Standards of the constituents of the urine and blood and the bearing of the metabolism of Bengalis on the problems of nutrition - Number 34
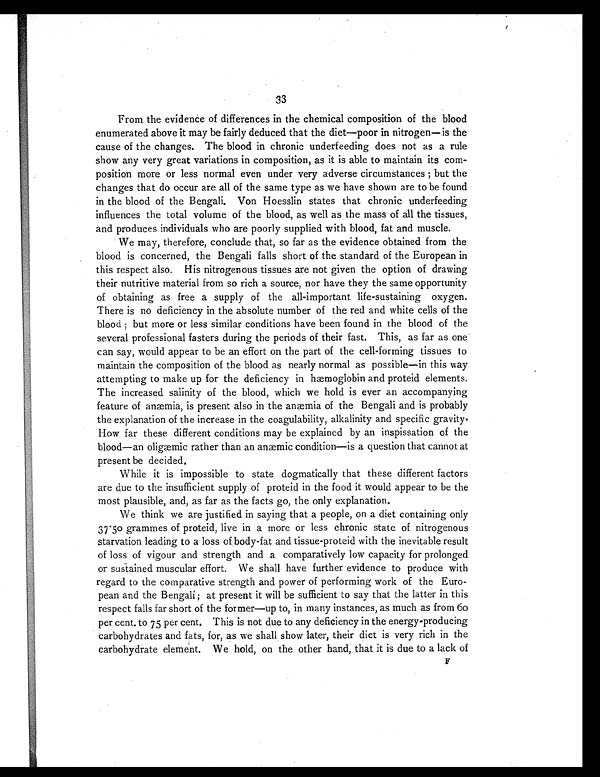
33
From the evidence of differences in the chemical composition of the blood
enumerated above it may be fairly deduced that the diet—poor in nitrogen—is the
cause of the changes. The blood in chronic underfeeding does not as a rule
show any very great variations in composition, as it is able to maintain its com-
position more or less normal even under very adverse circumstances ; but the
changes that do occur are all of the same type as we have shown are to be found
in the blood of the Bengali. Von Hoesslin states that chronic underfeeding
influences the total volume of the blood, as well as the mass of all the tissues,
and produces individuals who are poorly supplied with blood, fat and muscle.
We may, therefore, conclude that, so far as the evidence obtained from the
blood is concerned, the Bengali falls short of the standard of the European in
this respect also. His nitrogenous tissues are not given the option of drawing
their nutritive material from so rich a source, nor have they the same opportunity
of obtaining as free a supply of the all-important life-sustaining oxygen.
There is no deficiency in the absolute number of the red and white cells of the
blood ; but more or less similar conditions have been found in the blood of the
several professional fasters during the periods of their fast. This, as far as one
can say, would appear to be an effort on the part of the cell-forming tissues to
maintain the composition of the blood as nearly normal as possible—in this way
attempting to make up for the deficiency in hæmoglobin and proteid elements.
The increased salinity of the blood, which we hold is ever an accompanying
feature of anæmia, is present also in the anæmia of the Bengali and is probably
the explanation of the increase in the coagulability, alkalinity and specific gravity.
How far these different conditions may be explained by an inspissation of the
blood—an oligæmic rather than an anæmia condition—is a question that cannot at
present be decided.
While it is impossible to state dogmatically that these different factors
are due to the insufficient supply of proteid in the food it would appear to be the
most plausible, and, as far as the facts go, the only explanation.
We think we are justified in saying that a people, on a diet containing only
37.50 grammes of proteid, live in a more or less chronic state of nitrogenous
starvation leading to a loss of body-fat and tissue-proteid with the inevitable result
of loss of vigour and strength and a comparatively low capacity for prolonged
or sustained muscular effort. We shall have further evidence to produce with
regard to the comparative strength and power of performing work of the Euro-
pean and the Bengali ; at present it will be sufficient to say that the latter in this
respect falls far short of the former—up to, in many instances, as much as from 60
per cent. to 75 per cent. This is not due to any deficiency in the energy-producing
carbohydrates and fats, for, as we shall show later, their diet is very rich in the
carbohydrate elements We hold, on the other hand, that it is due to a lack of F